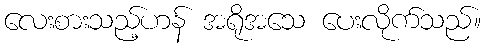
လေးစားသည့်ဟန် အရိုအသေ ပေးလိုက်သည်။